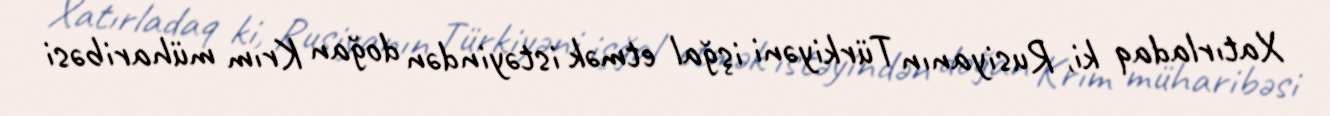
Xatırladaq ki, Rusiyanın Türkiyəni işğal etmək istəyindən doğan Krım müharibəsi